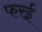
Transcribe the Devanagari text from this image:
फरई